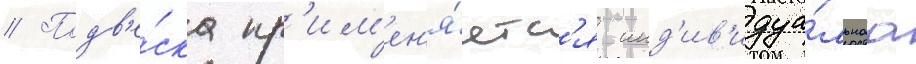
// Подв'е́ска пр'им'ен'я́етс'я инд'ив'идуа́льнаа